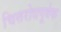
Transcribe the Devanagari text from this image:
चित्तरोधपूर्वक